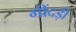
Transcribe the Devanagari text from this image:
गींदड़ी